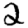
Digit: 2